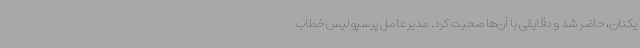
یکنان، حاضر شد و دقایقی با آن‌ها صحبت کرد. مدیرعامل پرسپولیس خطاب